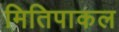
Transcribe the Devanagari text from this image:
मितिपाकल